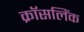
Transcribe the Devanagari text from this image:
क्रॉसलिंक